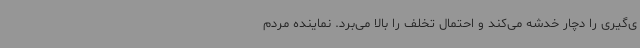
ی‌گیری را دچار خدشه می‌کند و احتمال تخلف را بالا می‌برد. نماینده مردم